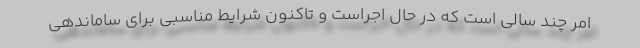
امر چند سالی است که در حال اجراست و تاکنون شرایط مناسبی برای ساماندهی